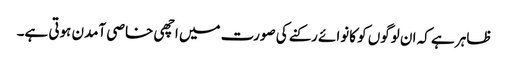
ظاہر ہے کہ ان لوگوں کو کانوائے رکنے کی صورت میں اچھی خاصی آمدن ہوتی ہے۔